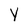
Character: Y